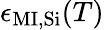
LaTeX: \epsilon_{\mathrm{MI,Si}}(T)